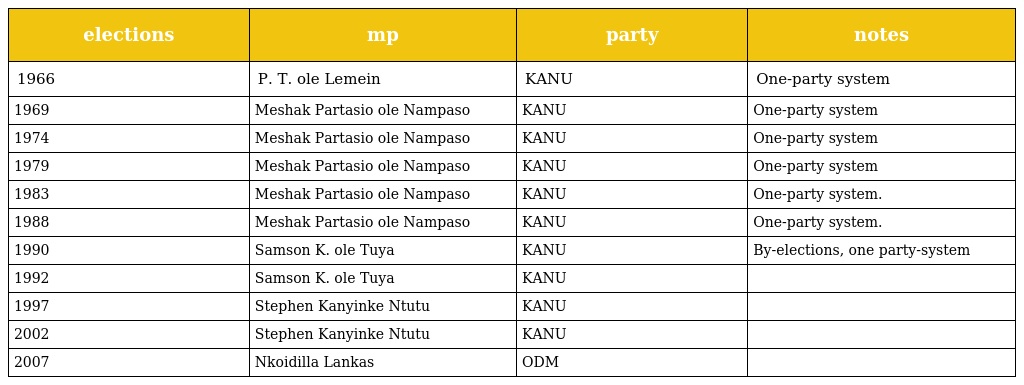
| elections | mp | party | notes |
 | --- | --- | --- | --- |
 | 1966 | P. T. ole Lemein | KANU | One-party system |
 | 1969 | Meshak Partasio ole Nampaso | KANU | One-party system |
 | 1974 | Meshak Partasio ole Nampaso | KANU | One-party system |
 | 1979 | Meshak Partasio ole Nampaso | KANU | One-party system |
 | 1983 | Meshak Partasio ole Nampaso | KANU | One-party system. |
 | 1988 | Meshak Partasio ole Nampaso | KANU | One-party system. |
 | 1990 | Samson K. ole Tuya | KANU | By-elections, one party-system |
 | 1992 | Samson K. ole Tuya | KANU |  |
 | 1997 | Stephen Kanyinke Ntutu | KANU |  |
 | 2002 | Stephen Kanyinke Ntutu | KANU |  |
 | 2007 | Nkoidilla Lankas | ODM |  |